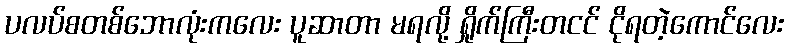
ပလပ်စတစ်ဘောလုံးကလေး ပူဆာတာ မရလို့ ရှိုက်ကြီးတငင် ငိုရတဲ့ကောင်လေး